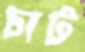
চাট